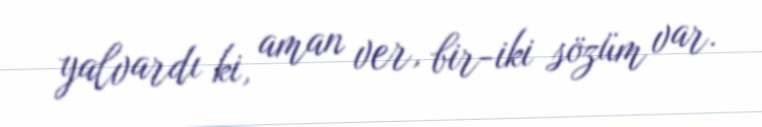
yalvardı ki, aman ver, bir-iki sözüm var.